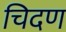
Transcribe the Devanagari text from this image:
चिदण